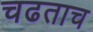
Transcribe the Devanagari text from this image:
चढताच